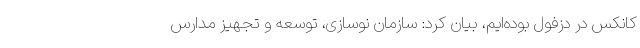
کانکس در دزفول بوده‌ایم، بیان کرد: سازمان نوسازی، توسعه و تجهیز مدارس